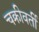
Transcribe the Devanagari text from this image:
चक्रीवर्ती